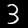
Digit: 3